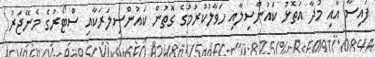
ފައިސާ އާއި މުދާ އަތޮޅު ކައުންސިލާއި ހަވާލުކުރުމުގެ ގޮތުން ކައުންސިލަރަކާއި ސްޓޯރުގެ މެނޭޖަރު